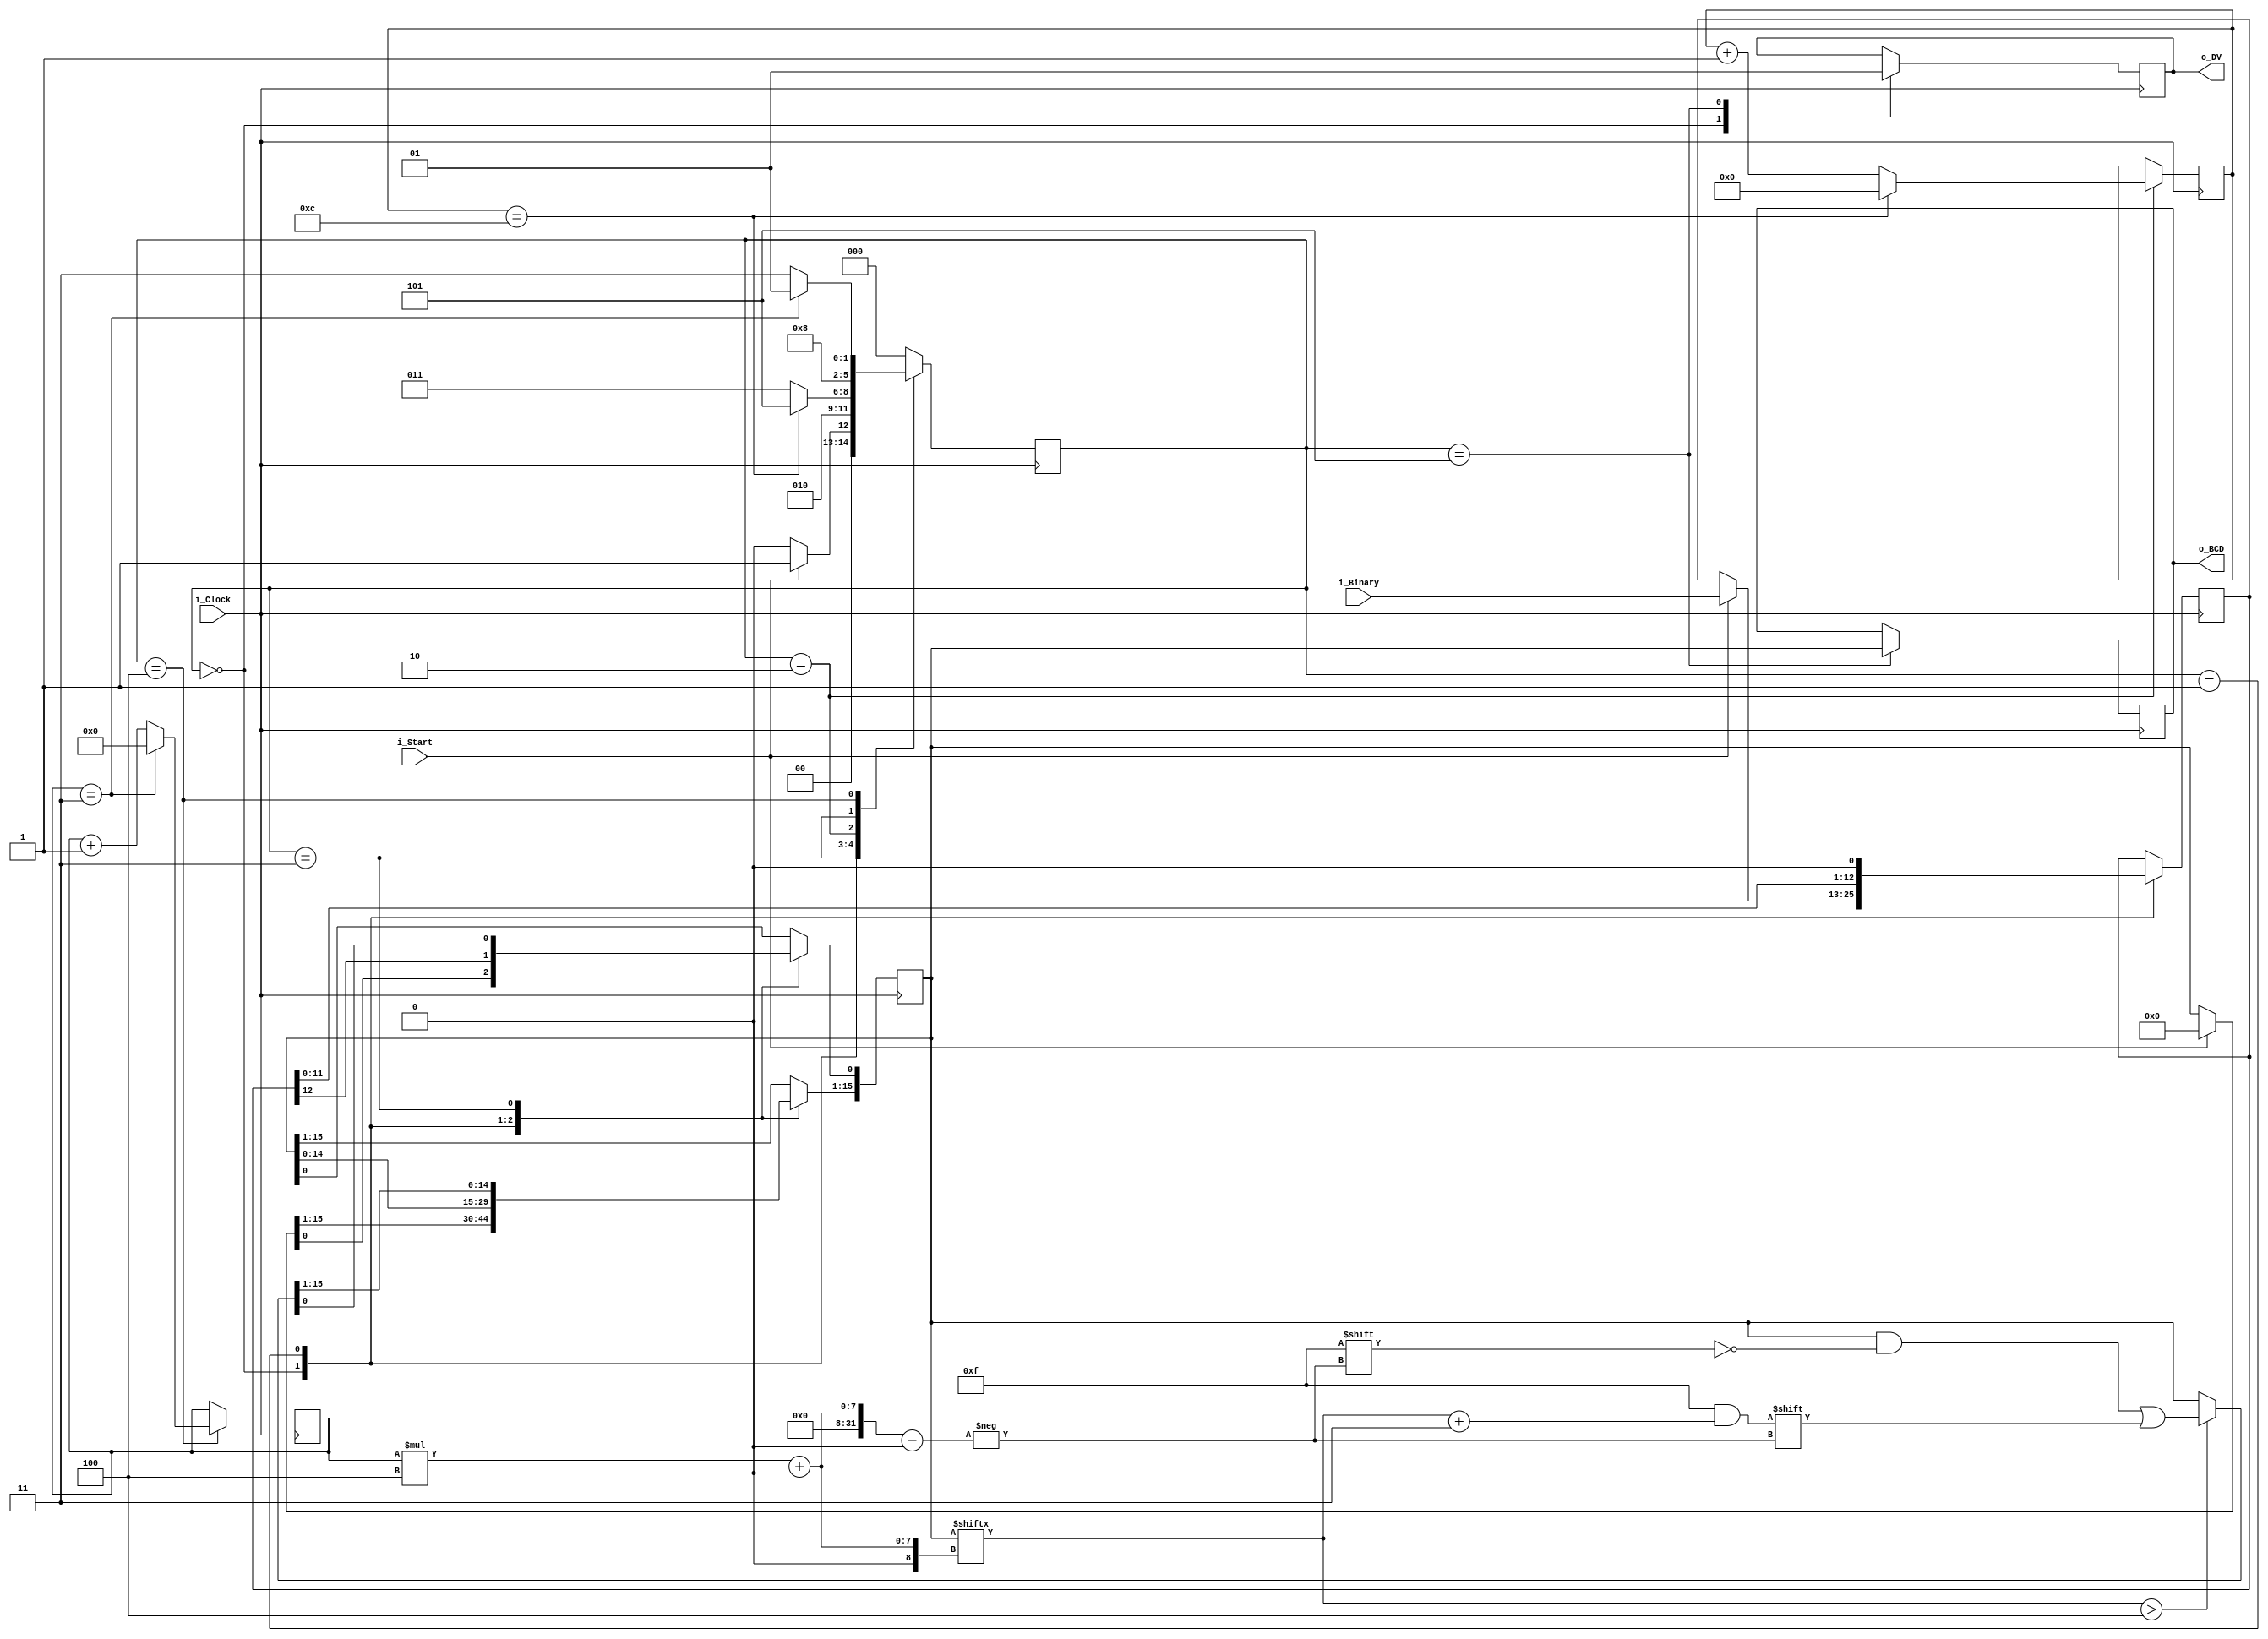
`timescale 1ns / 1ps
//////////////////////////////////////////////////////////////////////////////////
// Company: 
// Engineer: 
// 
// Design Name: 
// Module Name:    Binary_to_BCD_13_to_4 
// Project Name: 
// Target Devices: 
// Tool versions: 
// Description: 
//
// Dependencies: 
//
// Revision: 
// Revision 0.01 - File Created
// Additional Comments: 
//
//////////////////////////////////////////////////////////////////////////////////
///////////////////////////////////////////////////////////////////////////////
// File Downloaded from http://www.nandland.com
///////////////////////////////////////////////////////////////////////////////
module Binary_to_BCD_13_to_4 (
   input                         i_Clock,
   input [13-1:0]       i_Binary,
   input                         i_Start,
   //
   output reg [4*4-1:0] o_BCD,
   output                        o_DV
   );
   
  parameter s_IDLE              = 3'b000;
  parameter s_SHIFT             = 3'b001;
  parameter s_CHECK_SHIFT_INDEX = 3'b010;
  parameter s_ADD               = 3'b011;
  parameter s_CHECK_DIGIT_INDEX = 3'b100;
  parameter s_BCD_DONE          = 3'b101;
   
  reg [2:0] r_SM_Main = s_IDLE;
   
  // The vector that contains the output BCD
  reg [4*4-1:0] r_BCD = 0;
    
  // The vector that contains the input binary value being shifted.
  reg [13-1:0]      r_Binary = 0;
      
  // Keeps track of which Decimal Digit we are indexing
  reg [4-1:0]   r_Digit_Index = 0;
    
  // Keeps track of which loop iteration we are on.
  // Number of loops performed = 13
  reg [7:0]                  r_Loop_Count = 0;
 
  wire [3:0]                 w_BCD_Digit;
  reg                        r_DV = 1'b0;                       
    
	initial
	begin
		o_BCD = 16'h0000;
	end
	
  always @(posedge i_Clock)
    begin
 
      case (r_SM_Main) 
  
        // Stay in this state until i_Start comes along
        s_IDLE :
          begin
            r_DV <= 1'b0;
             
            if (i_Start == 1'b1)
              begin
                r_Binary  <= i_Binary;
                r_SM_Main <= s_SHIFT;
                r_BCD     <= 0;
              end
            else
              r_SM_Main <= s_IDLE;
          end
                 
  
        // Always shift the BCD Vector until we have shifted all bits through
        // Shift the most significant bit of r_Binary into r_BCD lowest bit.
        s_SHIFT :
          begin
            r_BCD     <= r_BCD << 1;
            r_BCD[0]  <= r_Binary[13-1];
            r_Binary  <= r_Binary << 1;
            r_SM_Main <= s_CHECK_SHIFT_INDEX;
          end          
         
  
        // Check if we are done with shifting in r_Binary vector
        s_CHECK_SHIFT_INDEX :
          begin
            if (r_Loop_Count == 13-1)
              begin
                r_Loop_Count <= 0;
                r_SM_Main    <= s_BCD_DONE;
              end
            else
              begin
                r_Loop_Count <= r_Loop_Count + 1;
                r_SM_Main    <= s_ADD;
              end
          end
                 
  
        // Break down each BCD Digit individually.  Check them one-by-one to
        // see if they are greater than 4.  If they are, increment by 3.
        // Put the result back into r_BCD Vector.  
        s_ADD :
          begin
            if (w_BCD_Digit > 4)
              begin                                     
                r_BCD[(r_Digit_Index*4)+:4] <= w_BCD_Digit + 3;  
              end
             
            r_SM_Main <= s_CHECK_DIGIT_INDEX; 
          end       
         
         
        // Check if we are done incrementing all of the BCD Digits
        s_CHECK_DIGIT_INDEX :
          begin
            if (r_Digit_Index == 4-1)
              begin
                r_Digit_Index <= 0;
                r_SM_Main     <= s_SHIFT;
              end
            else
              begin
                r_Digit_Index <= r_Digit_Index + 1;
                r_SM_Main     <= s_ADD;
              end
          end
         
  
  
        s_BCD_DONE :
          begin
            r_DV      <= 1'b1;
			o_BCD     <= r_BCD;
            r_SM_Main <= s_IDLE;
          end
         
         
        default :
          r_SM_Main <= s_IDLE;
            
      endcase
    end // always @ (posedge i_Clock)  
 
   
  assign w_BCD_Digit = r_BCD[r_Digit_Index*4 +: 4];
       
  //assign o_BCD = r_BCD;
  assign o_DV  = r_DV;
      
endmodule // Binary_to_BCD